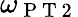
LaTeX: \omega_{\mathrm{~P~T~2~}}